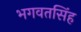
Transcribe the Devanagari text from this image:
भगवतसिंह